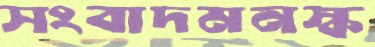
সংবাদমনস্ক